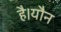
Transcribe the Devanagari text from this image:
है।यौन